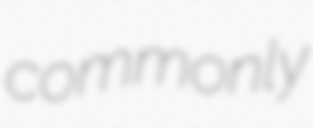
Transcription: commonly